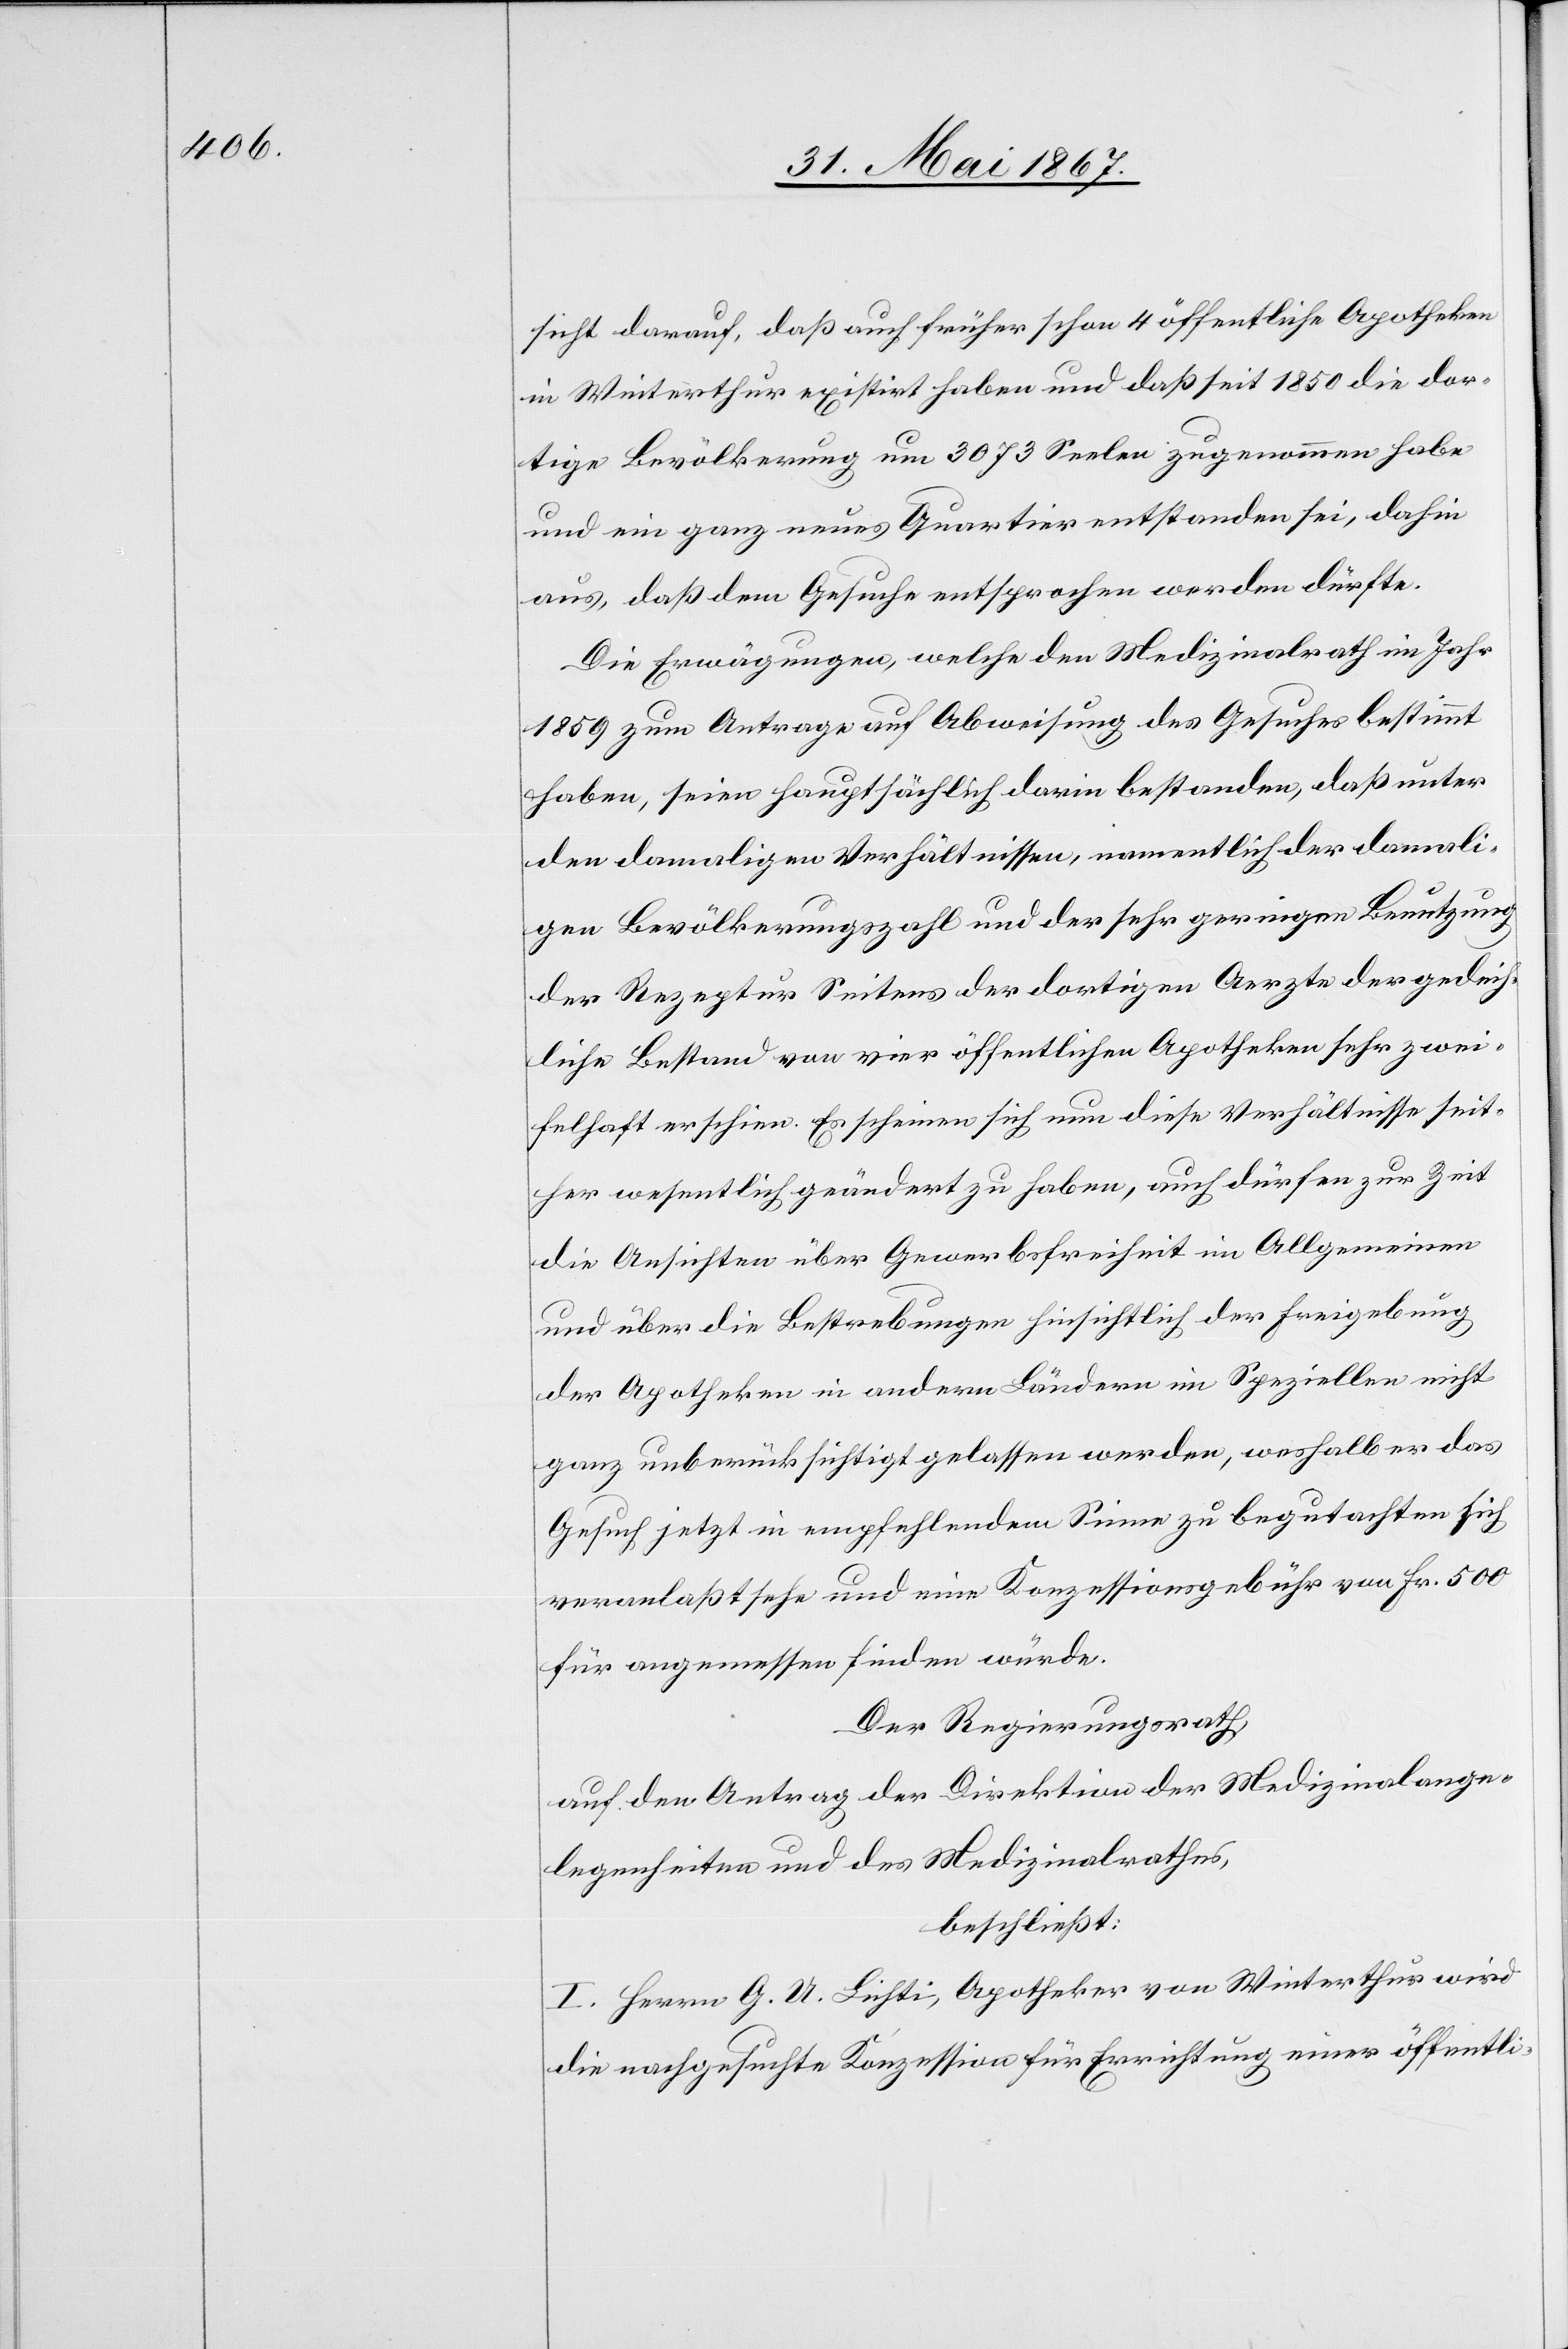
sicht darauf, daß auch früher schon 4 öffentliche Apotheken
in Winterthur existirt haben und daß seit 1850 die dor¬
tige Bevölkerung um 3073 Seelen zugenommen habe
und ein ganz neues Quartier entstanden sei, dahin
aus, daß dem Gesuche entsprochen werden dürfte.
Die Erwägungen, welche den Medizinalrath im Jahr
1859 zum Antrage auf Abweisung des Gesuches bestimmt
haben, seien hauptsächlich darin bestanden, daß unter
den damaligen Verhältnissen, namentlich der damali¬
gen Bevölkerungszahl und der sehr geringen Benutzung
der Rezeptur Seitens der dortigen Aerzte der gedeih¬
liche Bestand von vier öffentlichen Apotheken sehr zwei¬
felhaft erschien. Es scheinen sich nun diese Verhältnisse seit¬
her wesentlich geändert zu haben, auch dürfen zur Zeit
die Ansichten über Gewerbsfreiheit im Allgemeinen
und über die Bestrebungen hinsichtlich der Freigebung
der Apotheken in andern Ländern im Spezielle nicht
ganz unberücksichtigt gelassen werden, weshalb er das
Gesuch jetzt in empfehlendem Sinne zu begutachten sich
veranlaßt sehe und eine Konzessionsgebühr von Fr. 500
für angemessen finden würde.
Der Regierungsrath,
auf den Antrag der Direktion der Medizinalange¬
legenheiten und des Medizinalrathes,
beschließt:
I. Herrn G. U. Lichti, Apotheker von Winterthur wird
die nachgesuchte Konzession für Errichtung einer öffentli-